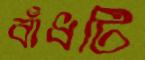
বাঁধটি